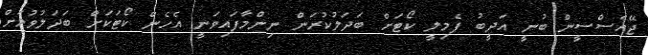
ޖޭއެސްސީން ބުނީ އަދީބު ފެމިލީ ކޯޓަށް ބަދަލުކުރަން ނިންމާފައިވަނީ އެހެން ކޯޓަކަށް ބަދަލުވުމަށް